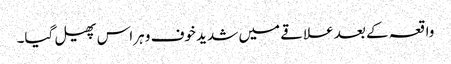
واقعہ کے بعد علاقے میں شدید خوف و ہراس پھیل گیا۔